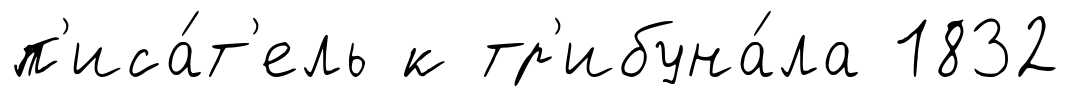
п'иса́т'ель к тр'ибуна́ла 1832